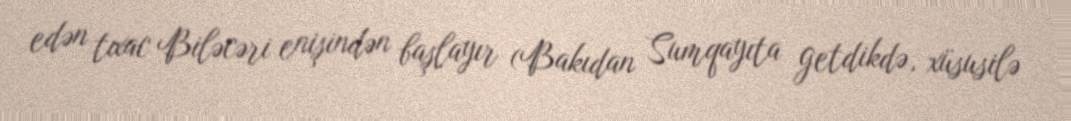
edən tıxac Biləcəri enişindən başlayır (Bakıdan Sumqayıta getdikdə, xüsusilə